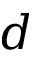
d